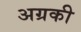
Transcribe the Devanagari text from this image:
अग्रकी